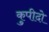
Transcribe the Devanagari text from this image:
कुपीदो